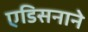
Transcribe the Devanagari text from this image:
एडिसनाने